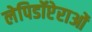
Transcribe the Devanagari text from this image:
लेपिडॉप्टेराओं